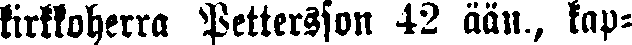
kirkkoherra Pettersson 42 ään., kap-